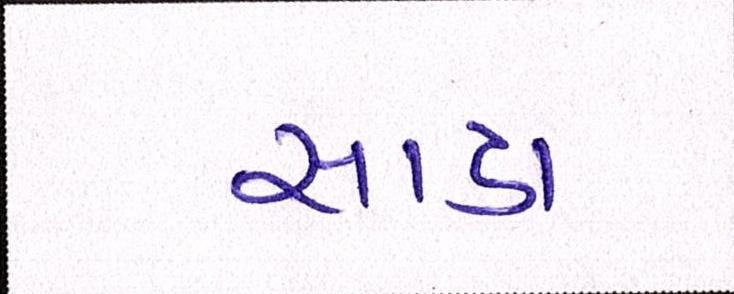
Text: સાડા